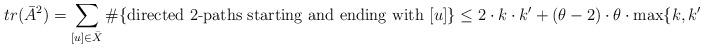
LaTeX: \begin{align*}tr(\bar A^2) = \sum_{[u] \in \bar X} \#\{\mbox{directed 2-paths starting and ending with } [u]\} \leq 2\cdot k\cdot k' + (\theta-2) \cdot \theta \cdot \max\{k,k'\}\end{align*}